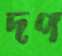
দপ